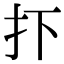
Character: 𢩹